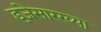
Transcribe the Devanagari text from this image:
इजेसारख्या